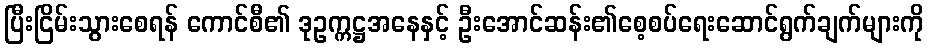
ပြီးငြိမ်းသွားစေရန် ကောင်စီ၏ ဒုဥက္ကဋ္ဌအနေနှင့် ဦးအောင်ဆန်း၏စေ့စပ်ရေးဆောင်ရွက်ချက်များကို